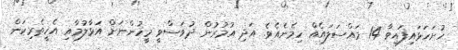
ހުށަހަޅައިފައިވާ 14 މައްސަލައެއް ހިމެނެއެވެ. އަދި އުމުރުން ދުވަސްވީ މީހުންނަށް އަޅާލުމާއި އެހީތެރިކަން